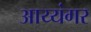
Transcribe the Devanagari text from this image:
अाय्यंगर